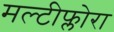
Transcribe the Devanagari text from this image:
मल्टीफ्लोरा